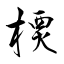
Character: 樮